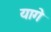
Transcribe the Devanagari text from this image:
यागे